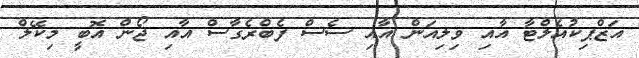
އަޒްޕިކުއެލްޓާ އާއި ވިލިއަން އާއި ސެސް ފެބްރެގާސް އާއި ޖޯން އޮބީ މިކޭލް